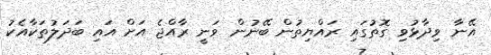
އޭނާ ވިދާޅުވި ގޮތުގައި ރައްޔިތުން ބޭނުން ވަނީ ރާއްޖެ އަށް އައި ބަދަލުތަކާއެކު